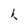
Character: h